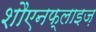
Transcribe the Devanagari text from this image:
शौएनफ्लाइज़